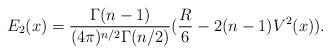
LaTeX: \begin{align*}E_2(x)= \frac{\Gamma(n-1)}{(4\pi)^{n/2}\Gamma(n/2)}(\frac{R}{6} -2(n-1)V^2(x)).\end{align*}